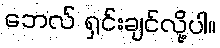
ဘေလ် ရှင်းချင်လို့ပါ။